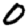
Digit: 0